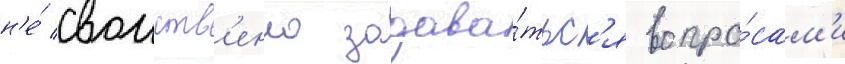
н'е́ своиств'енно задава́тьс'я вопро́сам'и